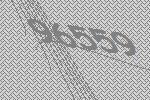
96559